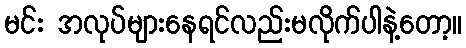
မင်း အလုပ်များနေရင်လည်းမလိုက်ပါနဲ့တော့။